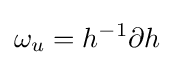
\omega _{u}=h^{-1}\partial h